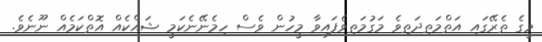
މީގެ ތެރޭގައި އަތްމަތިދަތިވެ މަގުމަތިވެފައިވާ މީހުން ވެސް ހިމެނޭނެކަމީ ޝައްކެއް އޮތްކަމެއް ނޫނެވެ.